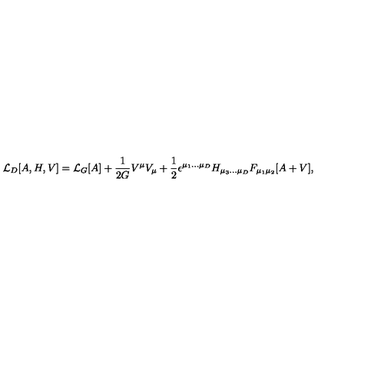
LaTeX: { \cal L } _ { D } [ A , H , V ] = { \cal L } _ { G } [ A ] + \frac { 1 } { 2 G } V ^ { \mu } V _ { \mu } + \frac { 1 } { 2 } \epsilon ^ { \mu _ { 1 } . . . \mu _ { D } } H _ { \mu _ { 3 } . . . \mu _ { D } } F _ { \mu _ { 1 } \mu _ { 2 } } [ A + V ] ,